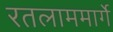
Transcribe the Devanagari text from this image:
रतलाममार्गे